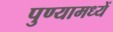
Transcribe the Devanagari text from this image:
पुण्यामध्यें